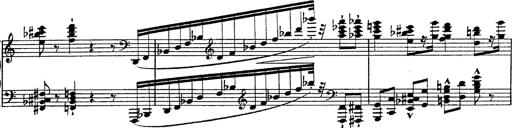
Title: Fantasie Ã¼ber Themen aus Mozarts Figaro und Don Giovanni
Composer: Franz Liszt